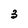
Character: 3